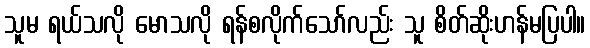
သူမ ရယ်သလို မောသလို ရန်စလိုက်သော်လည်း သူ စိတ်ဆိုးဟန်မပြပါ။